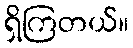
ရှိကြတယ်။